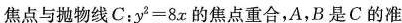
焦点与抛物线C：$$y ^ { 2 } = 8 x$$的焦点重合，A，B是C的准